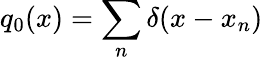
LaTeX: q_{0}(x)=\sum_{n}\delta(x-x_{n})